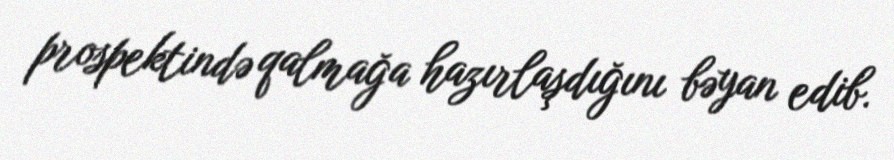
prospektində qalmağa hazırlaşdığını bəyan edib.